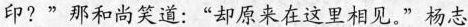
印?”那和尚笑道：“却原来在这里相见。”杨志